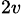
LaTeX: _{2\textit{v}}